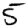
Digit: 5